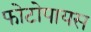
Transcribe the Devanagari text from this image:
फोटोपायस